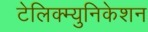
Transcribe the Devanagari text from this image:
टेलिक्म्युनिकेशन